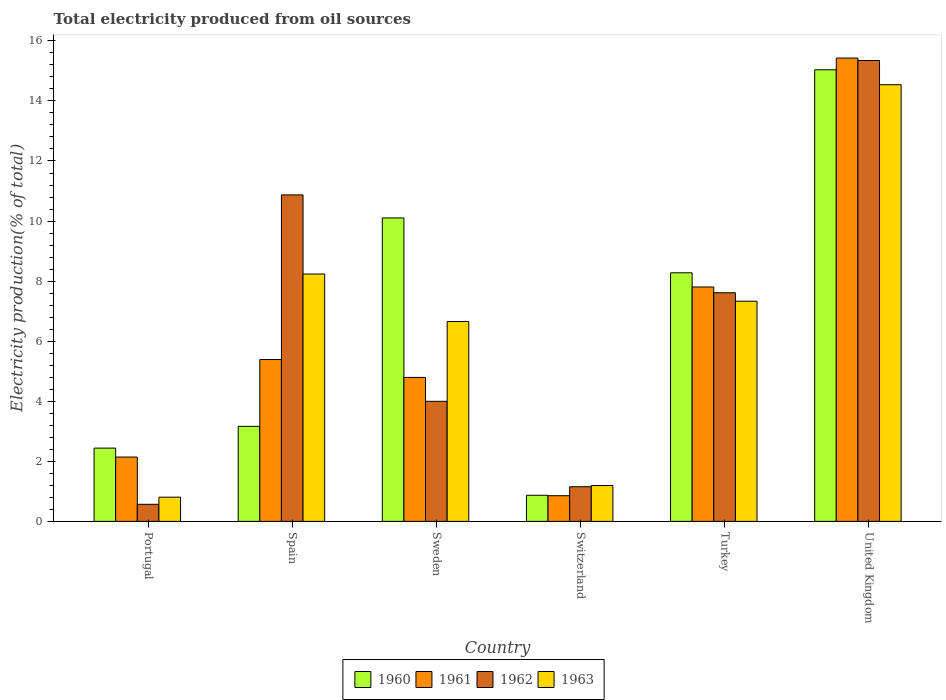
| Country | 1960 | 1961 | 1962 | 1963 |
 | --- | --- | --- | --- | --- |
 | Portugal | 2.44 | 2.14 | 0.568 | 0.805 |
 | Spain | 3.16 | 5.39 | 10.9 | 8.24 |
 | Sweden | 10.1 | 4.79 | 4 | 6.66 |
 | Switzerland | 0.87 | 0.854 | 1.15 | 1.19 |
 | Turkey | 8.28 | 7.8 | 7.61 | 7.33 |
 | United Kingdom | 15 | 15.4 | 15.3 | 14.5 |